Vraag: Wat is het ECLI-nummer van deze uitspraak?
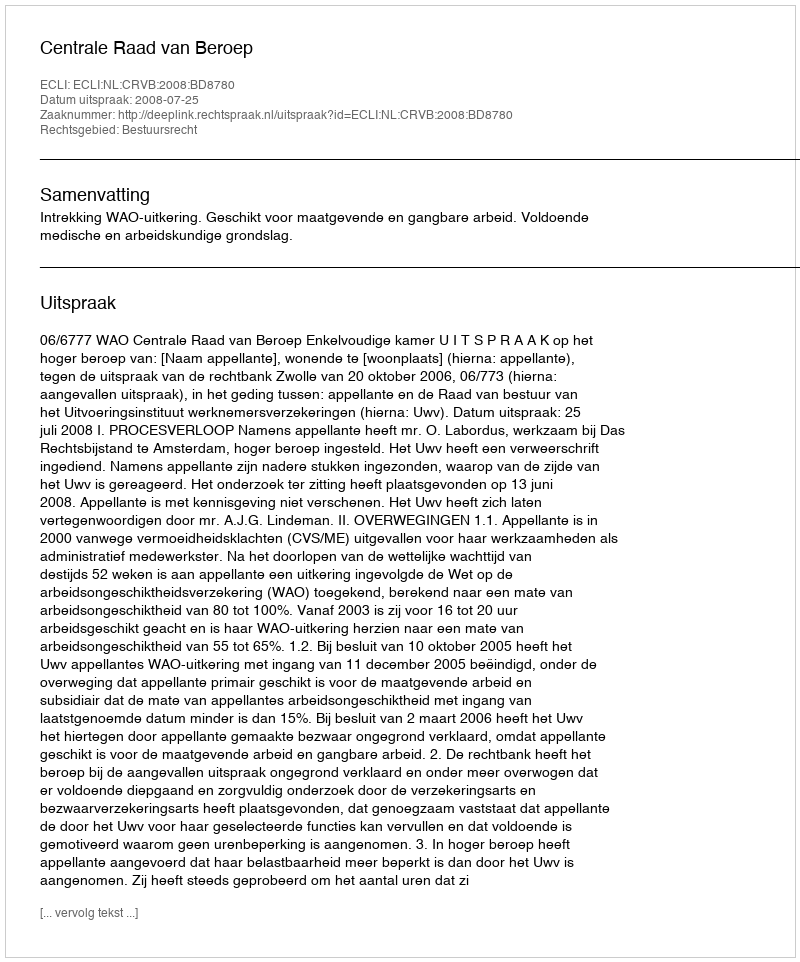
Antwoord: ECLI:NL:CRVB:2008:BD8780